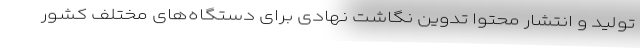
تولید و انتشار محتوا تدوین نگاشت نهادی برای دستگاه‌­های مختلف کشور